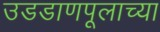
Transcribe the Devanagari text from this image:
उडडाणपूलाच्या